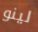
لينو